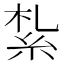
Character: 紮